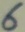
Text: 6